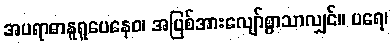
အပရာဓာနူရူပေနေဝ၊ အပြစ်အားလျော်စွာသာလျှင်။ ပရေ၊